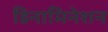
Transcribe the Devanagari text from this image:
डिनामिनेशन